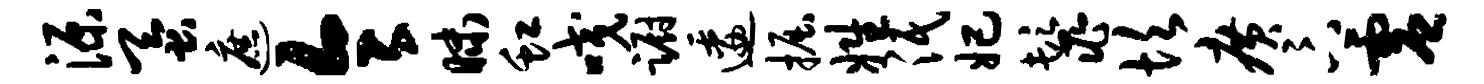
源蚕遮令昧虹咬蹰逶掘姓泯妃鬣坎广卞虚